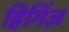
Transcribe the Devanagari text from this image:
हिगिंज़